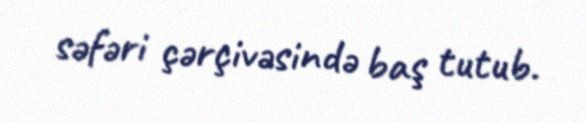
səfəri çərçivəsində baş tutub.